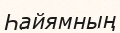
Һайямның